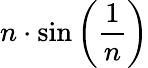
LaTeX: n\cdot\sin\left({\frac{1}{n}}\right)